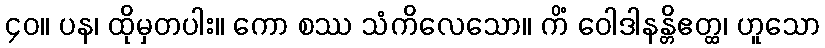
၄၀။ ပန၊ ထိုမှတပါး။ ကော စဿ သံကိလေသော။ ကိံ ဝေါဒါနန္တိဧတ္ထ၊ ဟူသော